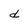
Character: d